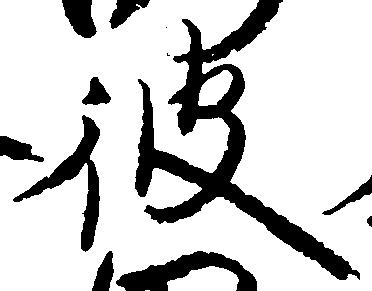
彼